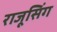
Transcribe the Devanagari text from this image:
राजूसिंग